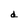
Character: d